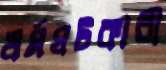
ধর্মঘটকারী